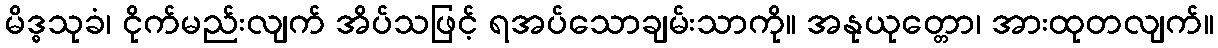
မိဒ္ဓသုခံ၊ ငိုက်မည်းလျက် အိပ်သဖြင့် ရအပ်သောချမ်းသာကို။ အနုယုတ္တော၊ အားထုတလျက်။